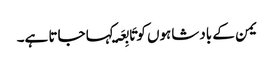
یمن کے بادشاہوں کو تَابِعَۃ کہا جاتا ہے۔